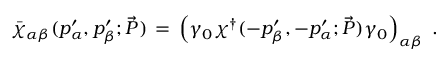
\bar { \chi } _ { \alpha \beta } ( p _ { \alpha } ^ { \prime } , p _ { \beta } ^ { \prime } ; \vec { P } ) \, = \, \left( \gamma _ { 0 } \chi ^ { \dagger } ( - p _ { \beta } ^ { \prime } , - p _ { \alpha } ^ { \prime } ; \vec { P } ) \gamma _ { 0 } \right) _ { \alpha \beta } \; .